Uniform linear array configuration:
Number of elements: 32
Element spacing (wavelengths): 0.75
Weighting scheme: exponential
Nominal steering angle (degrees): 60
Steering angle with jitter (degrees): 59.799
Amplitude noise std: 0.05
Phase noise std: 0.05

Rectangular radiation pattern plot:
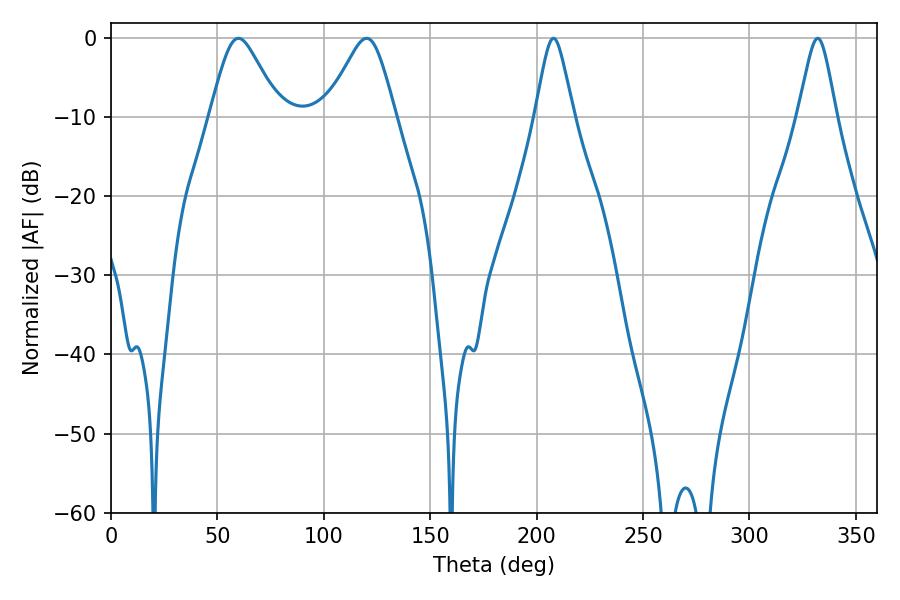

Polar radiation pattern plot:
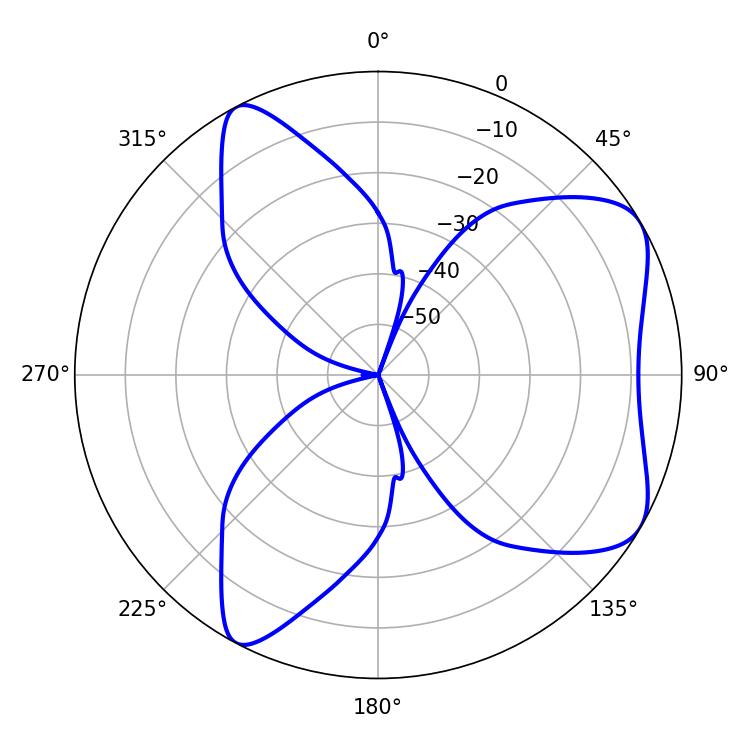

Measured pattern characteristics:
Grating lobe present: TRUE
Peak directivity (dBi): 6.605
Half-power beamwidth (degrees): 8.64
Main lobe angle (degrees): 207.9